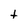
Character: t